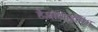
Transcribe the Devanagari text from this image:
हैप्लोटाइपिंग